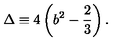
\Delta \equiv 4 \left( b ^ { 2 } - \frac { 2 } { 3 } \right) .